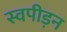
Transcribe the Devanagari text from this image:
स्वपीड़न